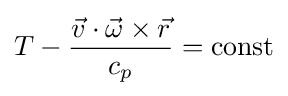
T-{\frac {{\vec {v}}\cdot {\vec {\omega }}\times {\vec {r}}}{c_{p}}}={\mbox{const}}